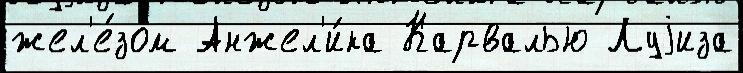
жел'е́зом Анжел'и́ка Карвалью Луjиза